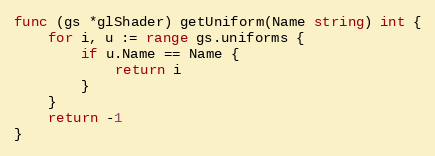
Language: Go
func (gs *glShader) getUniform(Name string) int {
	for i, u := range gs.uniforms {
		if u.Name == Name {
			return i
		}
	}
	return -1
}